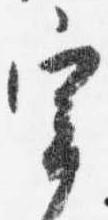
宰